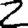
Digit: 2